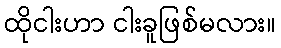
ထိုငါးဟာ ငါးခူဖြစ်မလား။